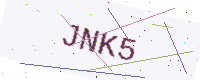
Text: JNK5